Annual report on the working of the lock hospitals in the Central Provinces
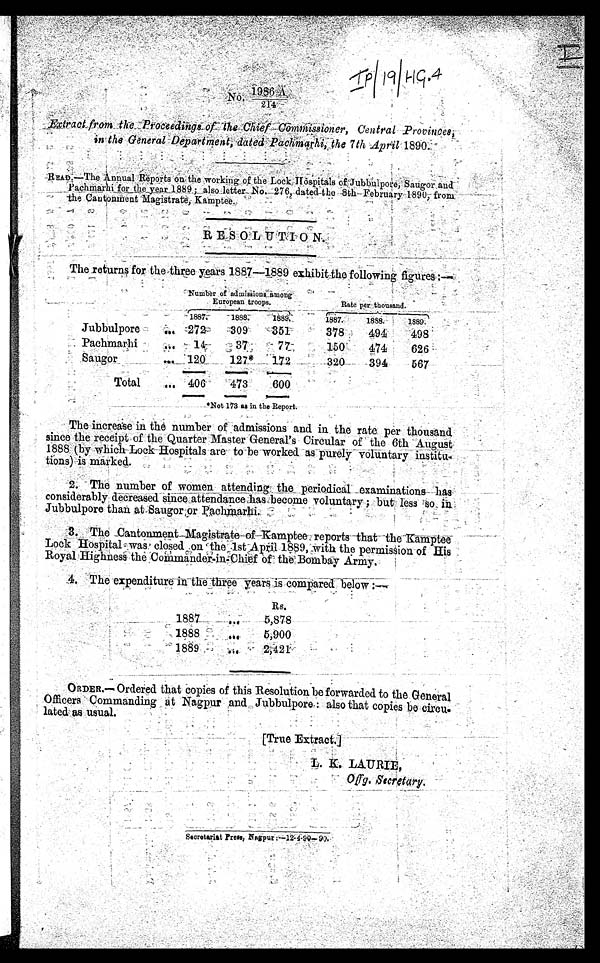
WifiraildlilifiLaan
Station.
Class of
Lock
Hospital.
Area over
which the
rules are
in force.
Estimated
native
population
within the
area.
Number
of admis-
sions
among
European
troops.
Rate per
thousand.
Average
number
of prosti-
tutes on
the
register.
Average
number
attending
periodical
examina-
tions.
Total
number
reported
to Can-
torment
Magis
- trate.
Average
daily
number
of pros-
titutes
in Hos-
pital.
Monthly
pay of
Establish
- ment.
Fines levied
under the
Rules.
Total
Expendi
- t ure.
How much
paid by
Government. *
Popula
- tion
according
to last
census.
Rs. a. p. Rs. a. p. R s .
a. p. Rs.
a . p .
Kamptee ...
1889...
...
. . .
. . .
. . .
. . .
. . .
. . .
. .
. . .
...
. . .
. . .
...
1888... 2nd Class... 7 Miles
...
50,967
434 413·
52·
38·81
43
3·64 298 3 1
1 8 0 2,671 14 3 1,398 12 10 50,987
1887... 1st Class... 7 Miles
...
50,000
444 510·18
52·
38·37
98
5·34 218 4 1
5 0 0 2,619 1 3 1,745 2 3
Saugor
. . .
1889... 2nd Class... 4 Miles
...
43,344
172 567·65
32·
13·
219
·08 74 6 8
. . .
899 0 2
...
1888... 2nd Class... 4 Miles
...
43·344
127 394·4
40·83
33·
116
·58 104 0 5 14 0 0 1,302 11 10
...
44,416
1887... 2nd Class... 4 Miles
...
44,434
120 320·1
46·90
34·87
54
2·40 94 0 0
2 8 0 1,297 9 2
...
Jubbulpore.
1889... 3rd. Class... 4 Miles
...
75,705
351 498·49
54.13
33.58 Nil.
2·41 69 0 0
. . .
1,057 12 8
...
1888... 2nd Class ...4 Miles
...
75,705
309 493·61
55. 70
48·96
11
3·50 101 0 0
1 0 0 1,483 1 8
. . .
75,705
1887... 2nd Class... 4 Miles
...
75,705
272 378·
47·83
41·1
23
5·33 101
0 0
5 0 0 1,505 6 8
. . .
Pachmarhi..
1889... 3rd Class... 3·62 Miles ...
2,000
77 626. 01
5·92
2·66
...
·58 35 0 0
...
464 13 0
...
1888... 3rd Class... 3. 62 Miles ...
2,000
37 474·61
4·84
3·0
... ·4
35 0 0
...
442 12 0
...
2,054
1 8 8 7 . . .
3rd. Class... 3·62 Miles ...
2,000
14 150·5
6·
6 ·
...
·16 35 0 0
2 2 0 456 4 6
. . .
1889. 2,421 9 10
. . .
Total Expenditure ...
1888. 5,900 7 9 1,398 12 10
1887. 5,878 5 7 1,745 2 3
111 p id by the Ittillitary Department.